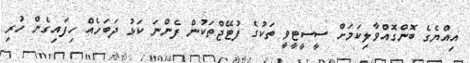
އިއްޔެގެ ބޮންގޮއްވާލިކަމަށް ސީސީޓީވީ ތަކުގެ ފުޓޭޖްތަކުން ފެންނަ ކަޅު ދަބަހެއް ހިފައިގެން ހުރި